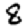
Digit: 8